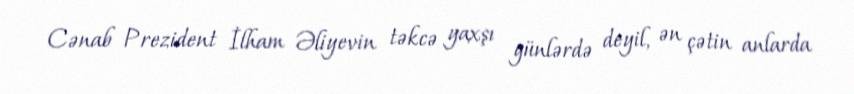
Cənab Prezident İlham Əliyevin təkcə yaxşı günlərdə deyil, ən çətin anlarda